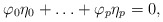
\begin{align*} \varphi_0\eta_0+\ldots+\varphi_p\eta_p=0,\end{align*}